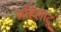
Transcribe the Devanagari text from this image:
महिलादू